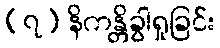
(၇) နိကန္တိခွါရှုခြင်း